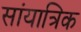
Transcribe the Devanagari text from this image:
सांयात्रिक